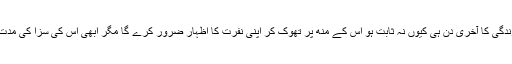
اس نے قسم کھائی تھی کہ زندگی میں ایک بار چاہے وہ اس کی زندگی کا آخری دن ہی کیوں نہ ثابت ہو اس کے منھ پر تھوک کر اپنی نفرت کا اظہار ضرور کرے گا مگر ابھی اس کی سزا کی مدت پوری نہ ہوئی تھی کہ اس کا دشمن ایک حادثے میں ہلاک ہو گیا۔